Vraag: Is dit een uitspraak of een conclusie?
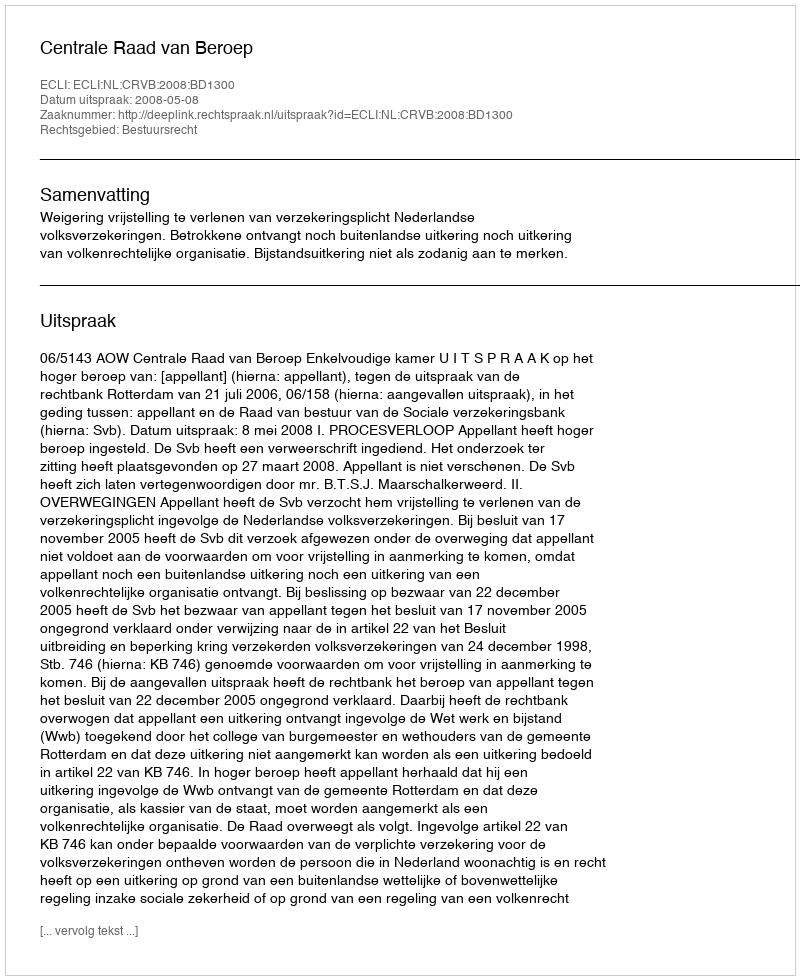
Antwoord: Uitspraak